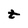
Character: t